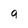
Character: g